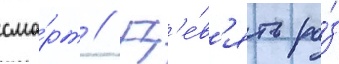
сма́рт // Д'е́в'ять ра́з